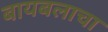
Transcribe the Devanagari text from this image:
बायबलाचा